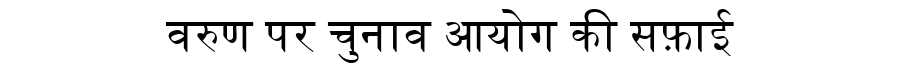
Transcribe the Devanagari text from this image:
वरुण पर चुनाव आयोग की सफ़ाई